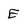
Character: E